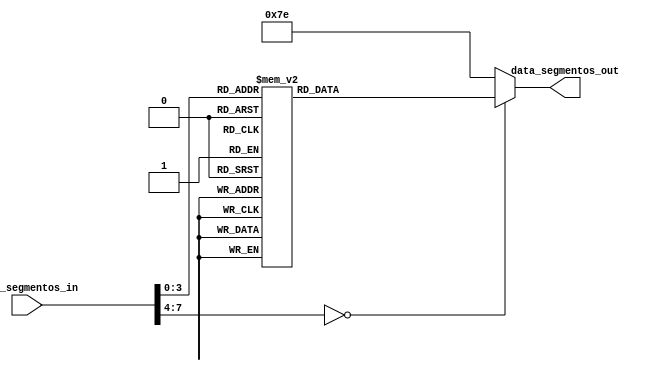

/*
Prctica 2 - Display de 7 segmentos
Autor: Erick Daniel Ortiz Cervantes
Diseo con lgica programable
Entradas:
	Bus de 4 datos: datas_segmentos_int
Salidas:
	Bus de 7 datos: segmentos_out
*/

module segmentos_7(
	input [7:0] data_segmentos_in,
	output reg [6:0] data_segmentos_out
);

always @(*)
begin
	case(data_segmentos_in)
		0:
			data_segmentos_out = 7'h40;
		1:
			data_segmentos_out = 7'h79;
		2:
			data_segmentos_out = 7'h24;
		3:
			data_segmentos_out = 7'h30;
		4:
			data_segmentos_out = 7'h19;
		5:
			data_segmentos_out = 7'h12;
		6:
			data_segmentos_out = 7'h02;
		7:
			data_segmentos_out = 7'h78;
		8:
			data_segmentos_out = 7'h00;
		9:
			data_segmentos_out = 7'h18;
		default:
			data_segmentos_out = 7'h7E;
	endcase
end
	
endmodule